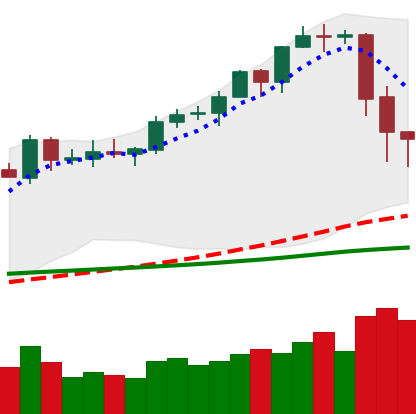
Ticker: EOS-USD
Chart end date: 2020-02-17
Forward return: -5.159%
Label: down_5_7